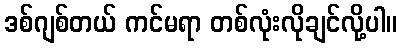
ဒစ်ဂျစ်တယ် ကင်မရာ တစ်လုံးလိုချင်လို့ပါ။